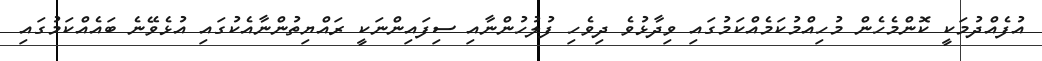
އުފެއްދުމަކީ ކޮންމެހެން މުހިއްމުކަމެއްކަމުގައި ވިދާޅުވެ ދިވެހި ފުލުހުންނާއި ސިފައިންނަކީ ރައްޔިތުންނާއެކުގައި އުޅެވޭނެ ބައެއްކަމުގައި